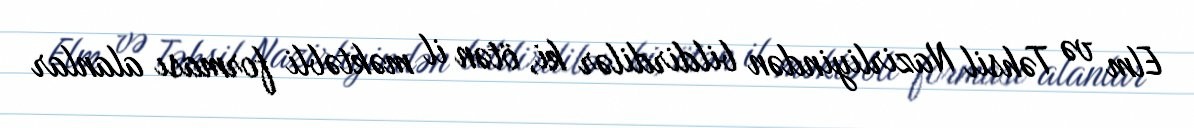
Elm və Təhsil Nazirliyindən bildirdilər ki, ötən il məktəbli forması alanlar